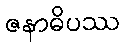
ဇနာဓိပဿ